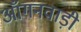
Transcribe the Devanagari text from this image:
आँगनवाड़ी